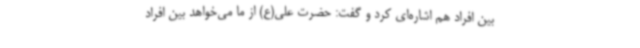
بین افراد هم اشاره‌ای کرد و گفت: حضرت علی(ع) از ما می‌خواهد بین افراد